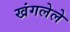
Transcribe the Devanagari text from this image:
खंगलेले